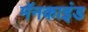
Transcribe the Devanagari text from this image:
मॅनकाइंड